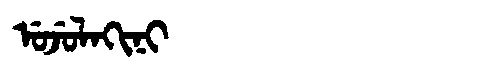
Manchu: ᡠᠵᡠᠯᠠᡴᡳᠨᡳ
Romanization: UJULAKINI